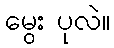
မွေး ပုလဲ။